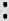
: